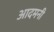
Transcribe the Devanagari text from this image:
आदमनी